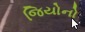
જિયોનો